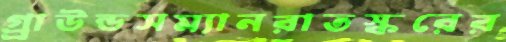
গ্র্রাউন্ডসম্যানরাতস্করের